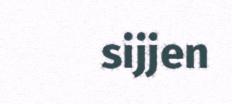
sijjen